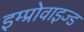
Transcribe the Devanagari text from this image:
इम्प्रोवाइज्ड